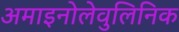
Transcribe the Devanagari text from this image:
अमाइनोलेवुलिनिक